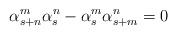
LaTeX: \begin{align*}\alpha _{s+n}^{m}\alpha _{s}^{n}-\alpha _{s}^{m}\alpha _{s+m}^{n}=0\end{align*}